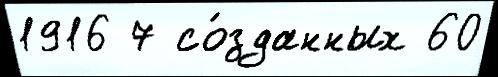
1916 7 со́зданных 60